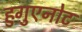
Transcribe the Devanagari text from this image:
हुगुएनोट